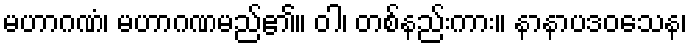
မဟာဂဏံ၊ မဟာဂဏမည်၏။ ဝါ၊ တစ်နည်းကား။ နာနာပဒဝသေန၊